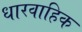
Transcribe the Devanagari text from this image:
धारवाहिक